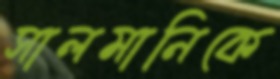
সালমানিকে